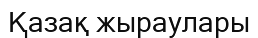
Қазақ жыраулары